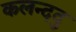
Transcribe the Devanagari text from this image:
कलन्ददु